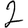
Digit: 2